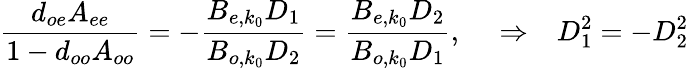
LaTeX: {\frac{d_{oe}A_{ee}}{1-d_{oo}A_{oo}}}=-{\frac{B_{e,k_{0}}D_{1}}{B_{o,k_{0}}D_{2}}}={\frac{B_{e,k_{0}}D_{2}}{B_{o,k_{0}}D_{1}}},~~~~\Rightarrow~~~D_{1}^{2}=-D_{2}^{2}